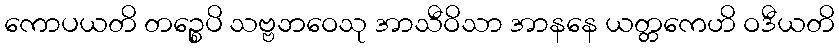
ကောပယတိ တဉ္စေပိ သဗ္ဗဘဝေသု အာသီဝိသာ အာနနေ ယတ္တကေဟိ ဝဒီယတိ